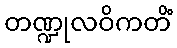
တဏ္ဍုလဝိကတိံ